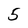
Character: 5